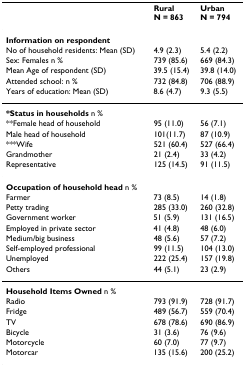
<table><thead><tr><td></td><td><b>RuralN = 863</b></td><td><b>UrbanN = 794</b></td></tr></thead><tbody><tr><td><b>Information on respondent</b></td><td></td><td></td></tr><tr><td>No of household residents: Mean (SD)</td><td>4.9 (2.3)</td><td>5.4 (2.2)</td></tr><tr><td>Sex: Females n %</td><td>739 (85.6)</td><td>669 (84.3)</td></tr><tr><td>Mean Age of respondent (SD)</td><td>39.5 (15.4)</td><td>39.8 (14.0)</td></tr><tr><td>Attended school: n %</td><td>732 (84.8)</td><td>706 (88.9)</td></tr><tr><td>Years of education: Mean (SD)</td><td>8.6 (4.7)</td><td>9.3 (5.5)</td></tr><tr><td><b>*Status in households </b>n %</td><td></td><td></td></tr><tr><td>**Female head of household</td><td>95 (11.0)</td><td>56 (7.1)</td></tr><tr><td>Male head of household</td><td>101(11.7)</td><td>87 (10.9)</td></tr><tr><td>***Wife</td><td>521 (60.4)</td><td>527 (66.4)</td></tr><tr><td>Grandmother</td><td>21 (2.4)</td><td>33 (4.2)</td></tr><tr><td>Representative</td><td>125 (14.5)</td><td>91 (11.5)</td></tr><tr><td><b>Occupation of household head </b>n %</td><td></td><td></td></tr><tr><td>Farmer</td><td>73 (8.5)</td><td>14 (1.8)</td></tr><tr><td>Petty trading</td><td>285 (33.0)</td><td>260 (32.8)</td></tr><tr><td>Government worker</td><td>51 (5.9)</td><td>131 (16.5)</td></tr><tr><td>Employed in private sector</td><td>41 (4.8)</td><td>48 (6.0)</td></tr><tr><td>Medium/big business</td><td>48 (5.6)</td><td>57 (7.2)</td></tr><tr><td>Self-employed professional</td><td>99 (11.5)</td><td>104 (13.0)</td></tr><tr><td>Unemployed</td><td>222 (25.4)</td><td>157 (19.8)</td></tr><tr><td>Others</td><td>44 (5.1)</td><td>23 (2.9)</td></tr><tr><td><b>Household Items Owned </b>n %</td><td></td><td></td></tr><tr><td>Radio</td><td>793 (91.9)</td><td>728 (91.7)</td></tr><tr><td>Fridge</td><td>489 (56.7)</td><td>559 (70.4)</td></tr><tr><td>TV</td><td>678 (78.6)</td><td>690 (86.9)</td></tr><tr><td>Bicycle</td><td>31 (3.6)</td><td>76 (9.6)</td></tr><tr><td>Motorcycle</td><td>60 (7.0)</td><td>77 (9.7)</td></tr><tr><td>Motorcar</td><td>135 (15.6)</td><td>200 (25.2)</td></tr></tbody></table>